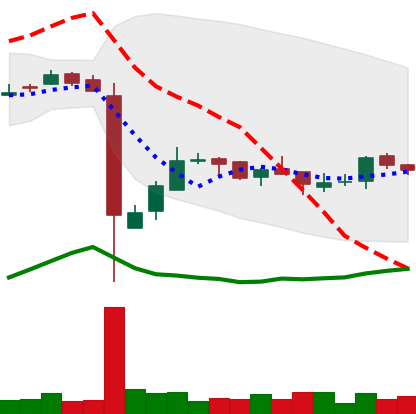
Ticker: LTC-USD
Chart end date: 2016-12-19
Forward return: 24.27%
Label: up_7plus